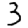
Digit: 3